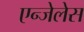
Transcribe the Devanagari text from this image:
एन्जेलेस